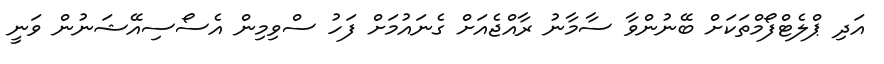
އަދި ޕްލެޓްފޯމްތަކަށް ބޭނުންވާ ސާމާނު ރާއްޖެއަށް ގެނައުމަށް ފަހު ސްވިމިން އެސޯސިއޭޝަނުން ވަނީ